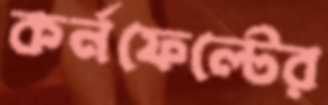
কর্নফেল্টের